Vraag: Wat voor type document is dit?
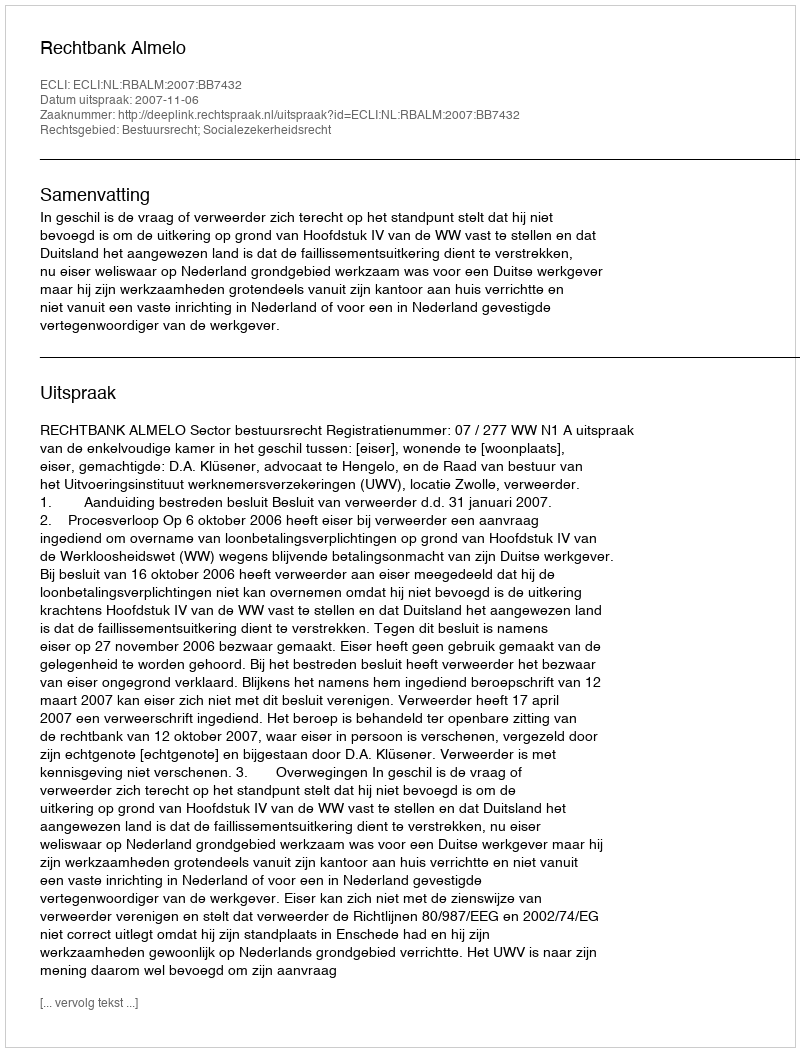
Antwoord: Uitspraak